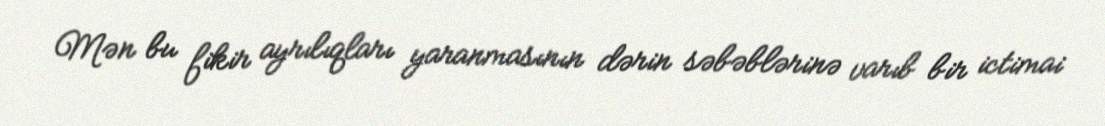
Mən bu fikir ayrılıqları yaranmasının dərin səbəblərinə varıb bir ictimai